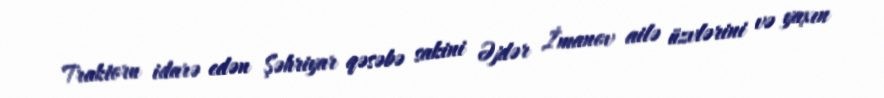
Traktoru idarə edən Şəhriyar qəsəbə sakini Əjdər İmanov ailə üzvlərini və yaxın